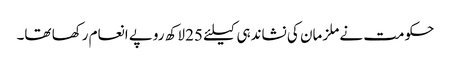
حکومت نے ملزمان کی نشاندہی کیلئے 25 لاکھ روپے انعام رکھا تھا۔